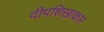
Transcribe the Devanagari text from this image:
दीपशिखाकार